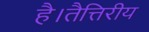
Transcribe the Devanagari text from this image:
है।तैत्तिरीय